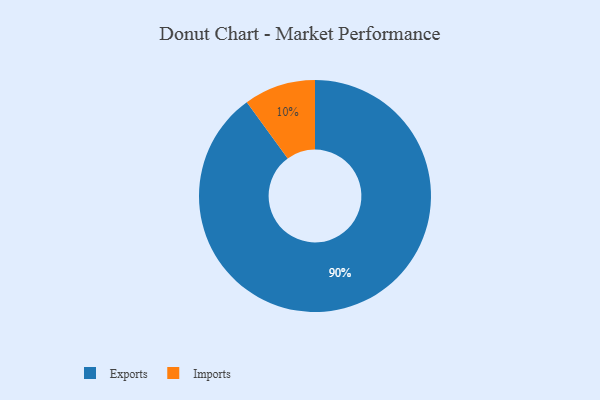
{"axis": {"x": "Category", "y": "Percentage"}, "legend": ["Exports", "Imports"], "data": [{"x": "Imports", "y": 10, "type": "Imports"}, {"x": "Exports", "y": 90, "type": "Exports"}]}